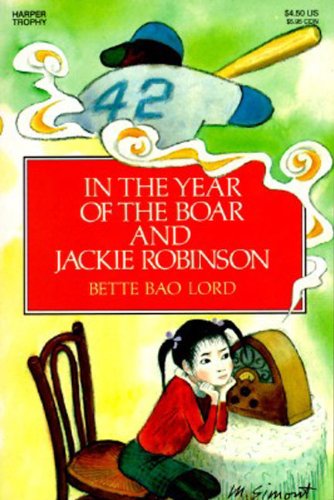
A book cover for In the Year of the Boar and Jackie Robinson; Bette Bao Lord; Children's Books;